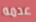
عدمه